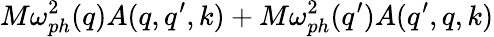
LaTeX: M\omega_{ph}^{2}(q)A(q,q^{\prime},k)+M\omega_{ph}^{2}(q^{\prime})A(q^{\prime},q,k)